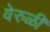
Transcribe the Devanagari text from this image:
वेरुळी